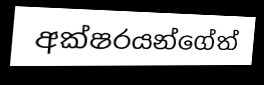
අක්ෂරයන්ගේත්